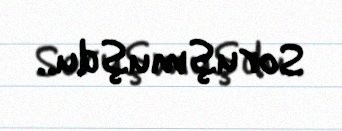
Soruşmuşdu..